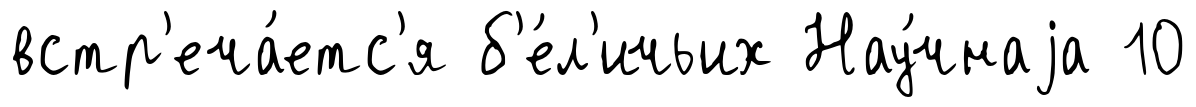
встр'еча́етс'я б'е́л'ичьих Нау́чнаjа 10